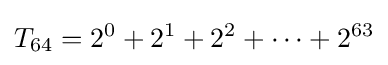
T_{64}=2^{0}+2^{1}+2^{2}+\cdots +2^{63}